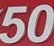
50